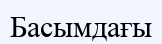
Басымдағы